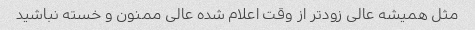
مثل همیشه عالی زود‌تر از وقت اعلام شده عالی ممنون و خسته نباشید